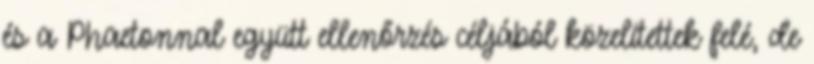
és a Phaetonnal együtt ellenőrzés céljából közelítettek felé, de